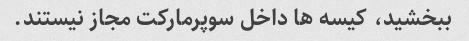
ببخشید، کیسه ها داخل سوپرمارکت مجاز نیستند.